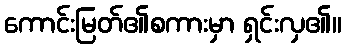
ကောင်းမြတ်၏စကားမှာ ရှင်းလှ၏။